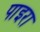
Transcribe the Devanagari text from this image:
पाइरा